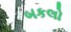
બકલો